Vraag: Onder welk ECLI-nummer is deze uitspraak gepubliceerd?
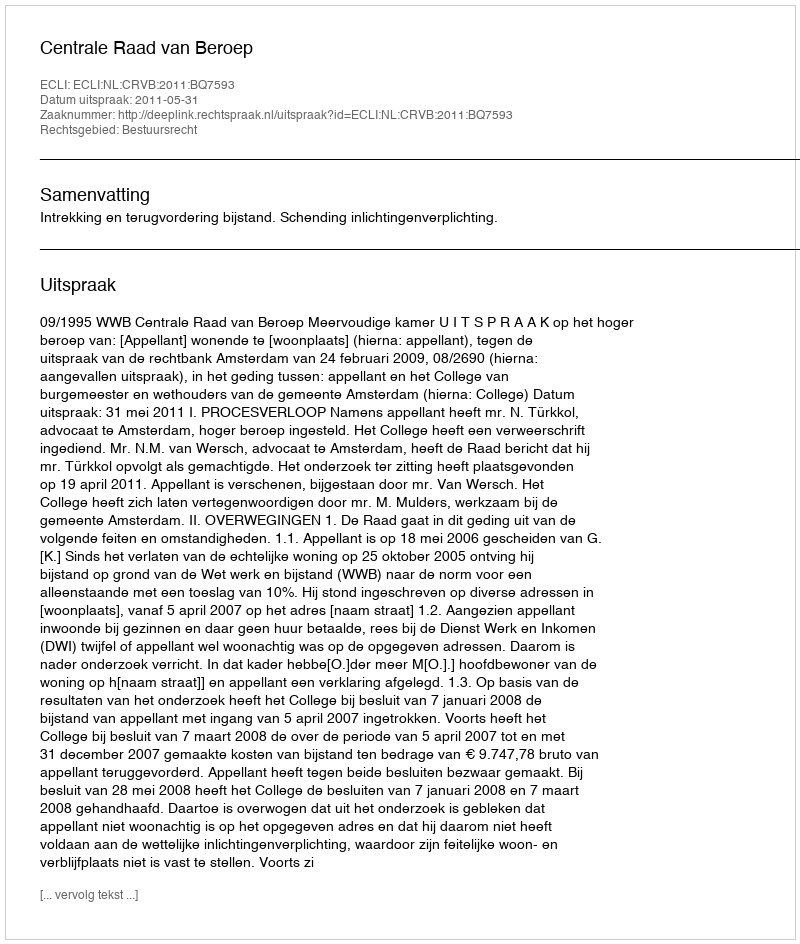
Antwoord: ECLI:NL:CRVB:2011:BQ7593